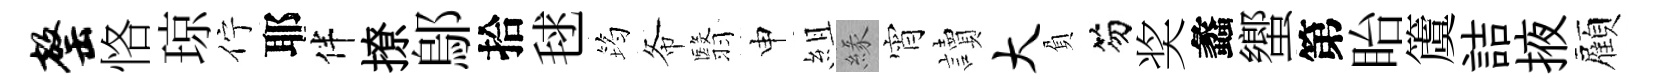
罄恪琼佇耶伴撩鄔拾毬筠𢁙翳申組緣宵讀大負笏奖蠡蠁第眙𥵂詰掖顏